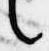
言